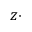
z \cdot